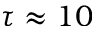
\tau \approx 1 0